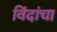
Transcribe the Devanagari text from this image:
विंदांचा